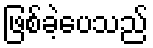
ဖြစ်ခဲ့ပေသည်